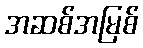
အဆစ်အမြစ်